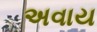
અવાય